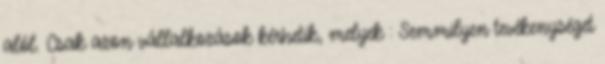
alól. Csak azon vállalkozások kérhetik, melyek : Semmilyen tevékenységet